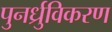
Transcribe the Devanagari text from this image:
पुनर्ध्रुविकरण